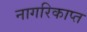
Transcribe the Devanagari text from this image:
नागरिकाप्त